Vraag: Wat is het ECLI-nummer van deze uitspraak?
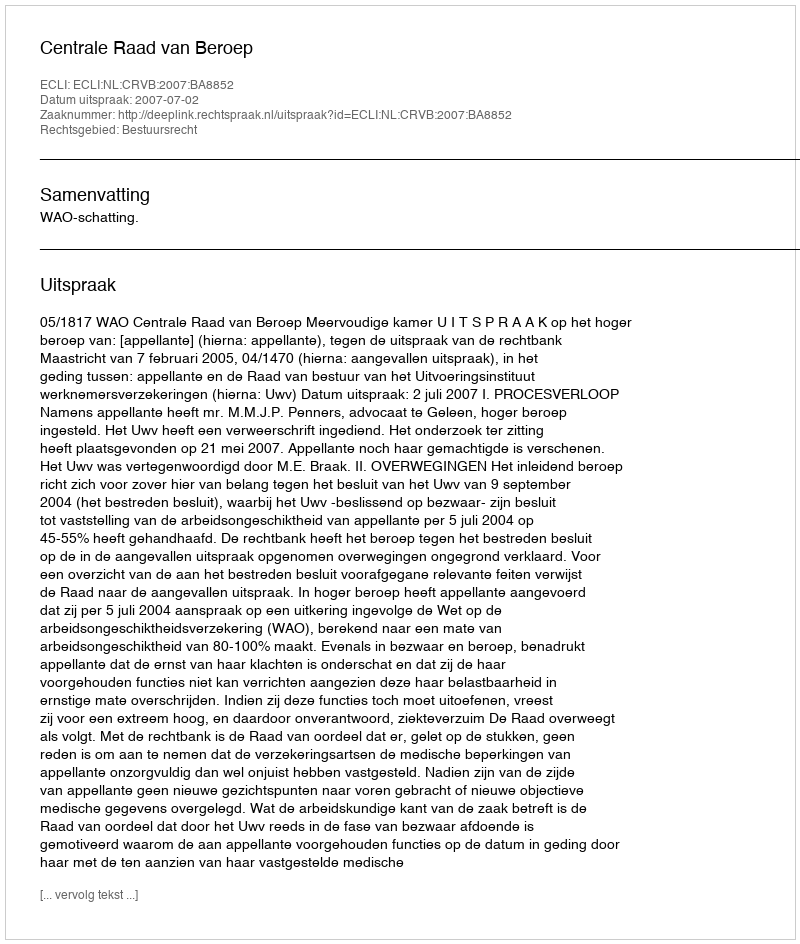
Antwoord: ECLI:NL:CRVB:2007:BA8852